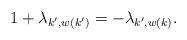
LaTeX: \begin{align*}1+\lambda_{k^\prime,w(k^\prime)}=-\lambda_{k^\prime,w(k)}.\end{align*}